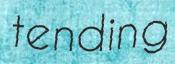
tending